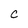
Character: C